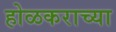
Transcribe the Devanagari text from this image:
होळकराच्या